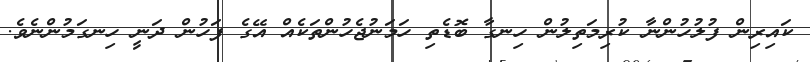
ކައިރިން ފުލުހުންނާ ކުރިމަތިލުން ހިނގާ ބޮޑެތި ހަަމަނުޖެހުންތަކެއް އޭގެ ފަހުން ދަނީ ހިނގަމުންނެވެ.